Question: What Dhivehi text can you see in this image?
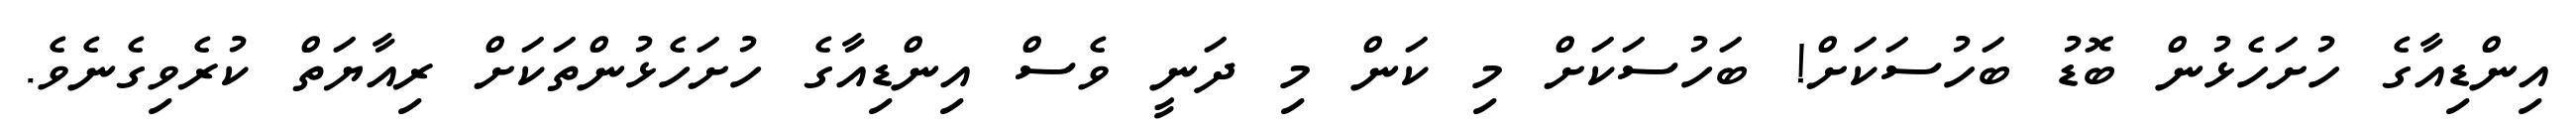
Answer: އިންޑިއާގެ ހުށަހެޅުން ބޮޑު ބަހުސަކަށް! ބަހުސަކަށް މި ކަން މި ދަނީ ވެސް އިންޑިއާގެ ހުށަހެޅުންތަކަށް ރިއާޔަތް ކުރެވިގެނެވެ.